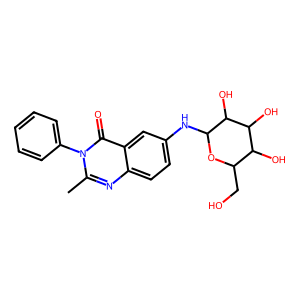
SMILES: Cc1nc2ccc(NC3OC(CO)C(O)C(O)C3O)cc2c(=O)n1-c1ccccc1
Inhibits HIV replication: No